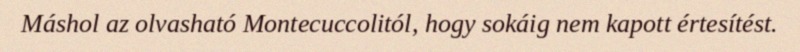
Máshol az olvasható Montecuccolitól, hogy sokáig nem kapott értesítést.